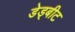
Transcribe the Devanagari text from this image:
डेड्बीट